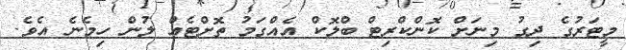
މީޓަރުގެ ދިގު މިނަށް ކޮންކްރިޓް ބްލޮކް އެއްގަމު ތޮށްޓެއް ލުން ހިމެނެ އެވެ.